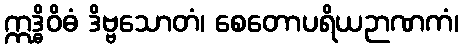
ဣဒ္ဓိဝိဓံ ဒိဗ္ဗသောတံ၊ စေတောပရိယဉာဏကံ၊